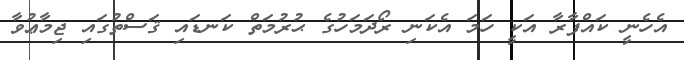
އެހެނީ ކައްފާރާ އަކީ ހަމަ އެކަނި ރޯދަމަހުގެ ޙުރުމަތް ކަނޑައި ޤަސްތުގައި ޖިމާޢުވާ